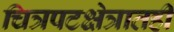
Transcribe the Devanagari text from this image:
चित्रपटक्षेत्रातही